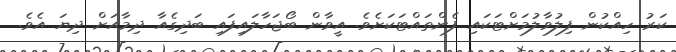
ކަރު ހިއްކުން ފިލުވާލުމަށްޓަކައި ފެންތައްޓަކަށެވެ. އީވާން ބޯޖަހާލައިފައި ބަދިގެއާ ދިމާއަށް ދިޔަ އެވެ.